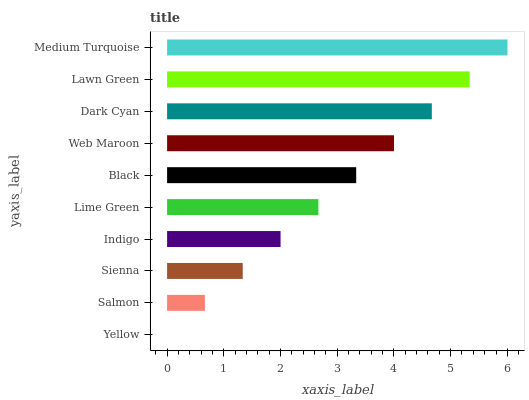
| yaxis_label | bars |
 | --- | --- |
 | Yellow | 0 |
 | Salmon | 0.667 |
 | Sienna | 1.33 |
 | Indigo | 2 |
 | Lime Green | 2.67 |
 | Black | 3.33 |
 | Web Maroon | 4 |
 | Dark Cyan | 4.67 |
 | Lawn Green | 5.34 |
 | Medium Turquoise | 6 |